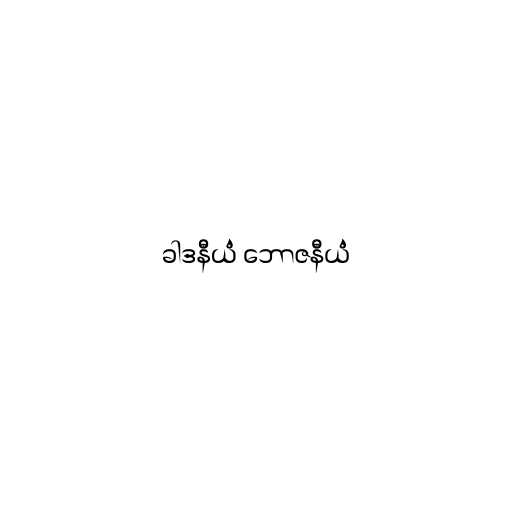
ခါဒနီယံ ဘောဇနီယံ